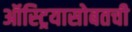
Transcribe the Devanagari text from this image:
ऑस्ट्रियासोबतची